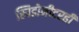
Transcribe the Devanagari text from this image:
स्पिडोमीटरही